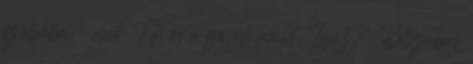
szobába – csak TE és a gondolataid. Igaz? Kétszobás